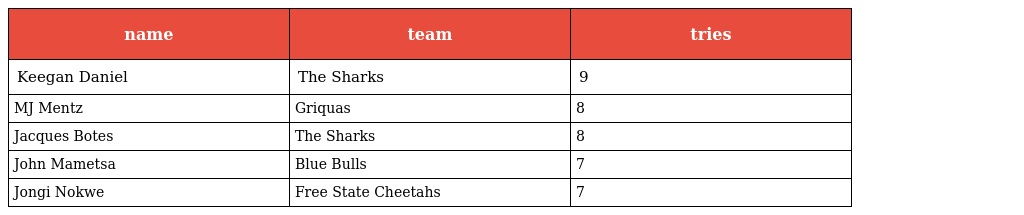
| name | team | tries |
 | --- | --- | --- |
 | Keegan Daniel | The Sharks | 9 |
 | MJ Mentz | Griquas | 8 |
 | Jacques Botes | The Sharks | 8 |
 | John Mametsa | Blue Bulls | 7 |
 | Jongi Nokwe | Free State Cheetahs | 7 |